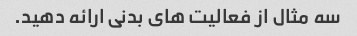
سه مثال از فعالیت های بدنی ارائه دهید.